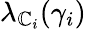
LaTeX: \lambda_{\mathbb{C}_{i}}(\gamma_{i})